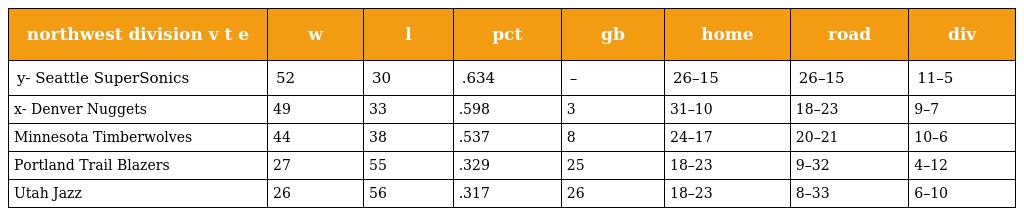
| northwest division v t e | w | l | pct | gb | home | road | div |
 | --- | --- | --- | --- | --- | --- | --- | --- |
 | y- Seattle SuperSonics | 52 | 30 | .634 | – | 26–15 | 26–15 | 11–5 |
 | x- Denver Nuggets | 49 | 33 | .598 | 3 | 31–10 | 18–23 | 9–7 |
 | Minnesota Timberwolves | 44 | 38 | .537 | 8 | 24–17 | 20–21 | 10–6 |
 | Portland Trail Blazers | 27 | 55 | .329 | 25 | 18–23 | 9–32 | 4–12 |
 | Utah Jazz | 26 | 56 | .317 | 26 | 18–23 | 8–33 | 6–10 |